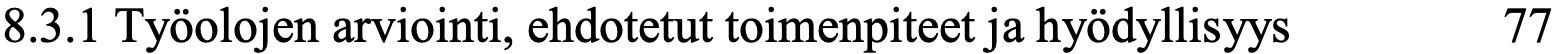
8.3.1 Työolojen arviointi, ehdotetut toimenpiteet ja hyödyllisyys 77